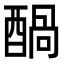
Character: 𮠶